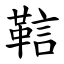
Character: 䩧